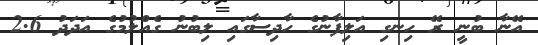
އޭނާ ބުނީ ރޭ ހިނގި އަލިފާނުގެ ހާދިސާގައި ލިބުނު ގެއްލުމުގެ އަދަދު 2.6